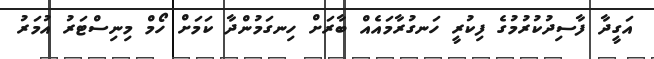
އަގީދާ ފާސިދުކުރުމުގެ ފިކުރީ ހަނގުރާމައެއް ބާރަށް ހިނގަމުންދާ ކަމަށް ހޯމް މިނިސްޓަރު އުމަރު